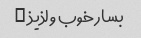
بسار خوب و لذیذ …